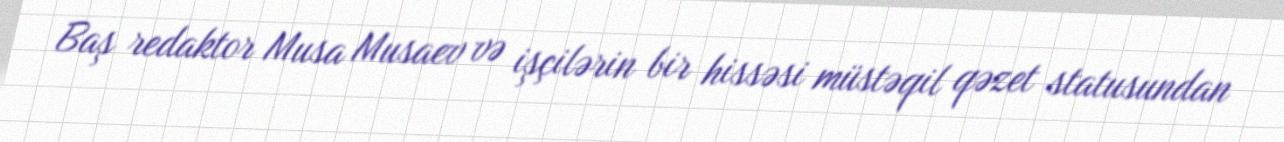
Baş redaktor Musa Musaev və işçilərin bir hissəsi müstəqil qəzet statusundan